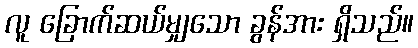
လူ ခြောက်ဆယ်မျှသော ခွန်အား ရှိသည်။